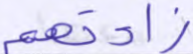
زادتهم